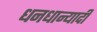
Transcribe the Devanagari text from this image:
धनधान्यादी